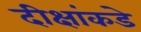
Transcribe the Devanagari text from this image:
दीक्षांकडे